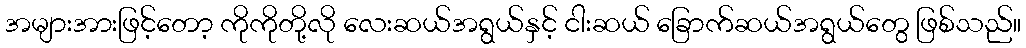
အများအားဖြင့်တော့ ကိုကိုတို့လို လေးဆယ်အရွယ်နှင့် ငါးဆယ် ခြောက်ဆယ်အရွယ်တွေ ဖြစ်သည်။